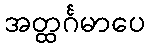
အတ္ထင်္ဂမာပေ